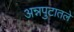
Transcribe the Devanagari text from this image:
अन्नपुटातले